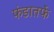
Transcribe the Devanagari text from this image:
फंडातर्फे